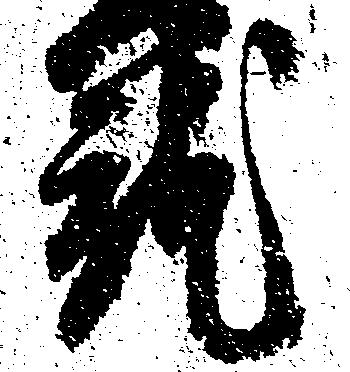
就